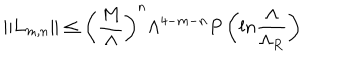
LaTeX: \| L _ { m , n } \| \leq \left( { \frac { M } { \Lambda } } \right) ^ { n } \Lambda ^ { 4 - m - n } P \left( l n { \frac { \Lambda } { \Lambda _ { R } } } \right)